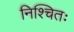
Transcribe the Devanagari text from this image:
निश्चितः